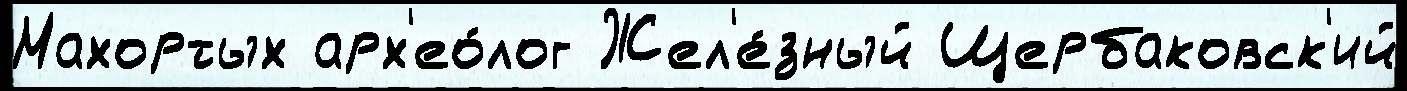
Махортых арх'ео́лог Жел'е́зный Щербаковск'ий